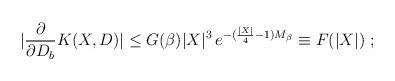
LaTeX: \begin{align*}\left. |\frac{\partial}{\partial D_{b}} K(X,D)| \leq G(\beta) |X|^{3} \, e^{-(\frac{|X|}{4} - 1) M_{\beta} } \equiv F(|X|) \ ; \right.\end{align*}